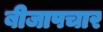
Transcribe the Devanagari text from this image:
बीजापचार